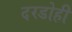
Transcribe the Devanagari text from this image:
दरडोही